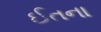
ઈતના